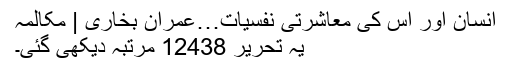
انسان اور اُس کی معاشرتی نفسیات…عمران بخاری | مکالمہ
یہ تحریر 12438 مرتبہ دیکھی گئی۔